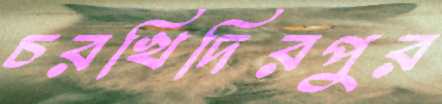
চরখিদিরপুর